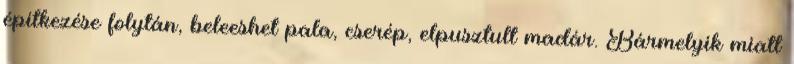
építkezése folytán, beleeshet pala, cserép, elpusztult madár. Bármelyik miatt